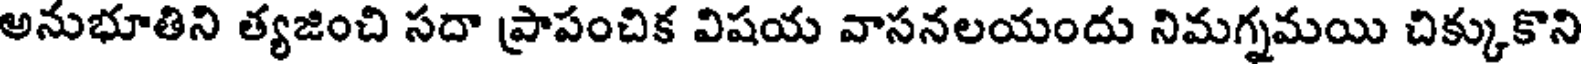
అనుభూతిని త్యజించి సదా ప్రాపంచిక విషయ వాసనలయందు నిమగ్నమయి చిక్కుకొని